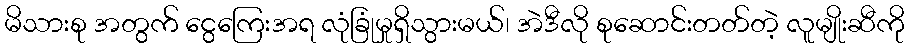
မိသားစု အတွက် ငွေကြေးအရ လုံခြုံမှုရှိသွားမယ်၊ အဲဒီလို စုဆောင်းတတ်တဲ့ လူမျိုးဆီကို